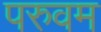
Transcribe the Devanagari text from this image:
परुवम